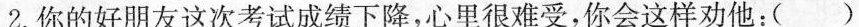
2.你的好朋友这次考试成绩下降，心里很难受，你会这样劝他：( )